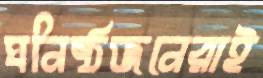
ঘনিষ্ঠজনেরাই